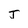
Character: J